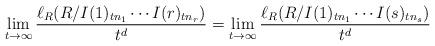
LaTeX: \begin{align*} \lim_{t\rightarrow\infty}\frac{\ell_R(R/I(1)_{tn_1}\cdots I(r)_{tn_r})}{t^d} = \lim_{t\rightarrow\infty}\frac{\ell_R(R/I(1)_{tn_1}\cdots I(s)_{tn_s})}{t^d} \end{align*}